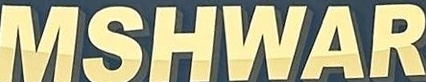
MSHWAR